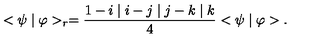
< \psi \mid \varphi > _ { r } = \frac { 1 - i \mid i - j \mid j - k \mid k } { 4 } < \psi \mid \varphi > .